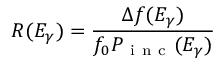
R ( E _ { \gamma } ) = \frac { \Delta f ( E _ { \gamma } ) } { f _ { 0 } P _ { \mathrm { ~ i ~ n ~ c ~ } } ( E _ { \gamma } ) }